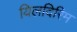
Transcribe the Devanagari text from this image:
यिलदिरिम